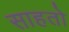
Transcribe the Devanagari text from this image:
साहतो